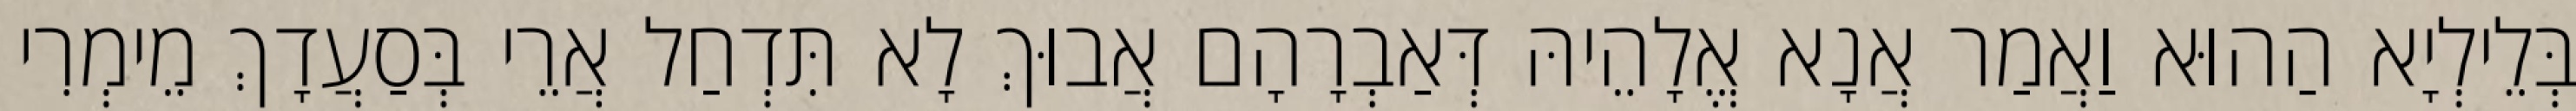
בְּלֵילְיָא הַהוּא וַאֲמַר אֲנָא אֱלָהֵיהּ דְּאַבְרָהָם אֲבוּךְ לָא תִּדְחַל אֲרֵי בְּסַעֲדָךְ מֵימְרִי